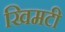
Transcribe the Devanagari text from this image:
खिमटी